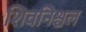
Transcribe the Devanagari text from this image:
शिवनिश्चल